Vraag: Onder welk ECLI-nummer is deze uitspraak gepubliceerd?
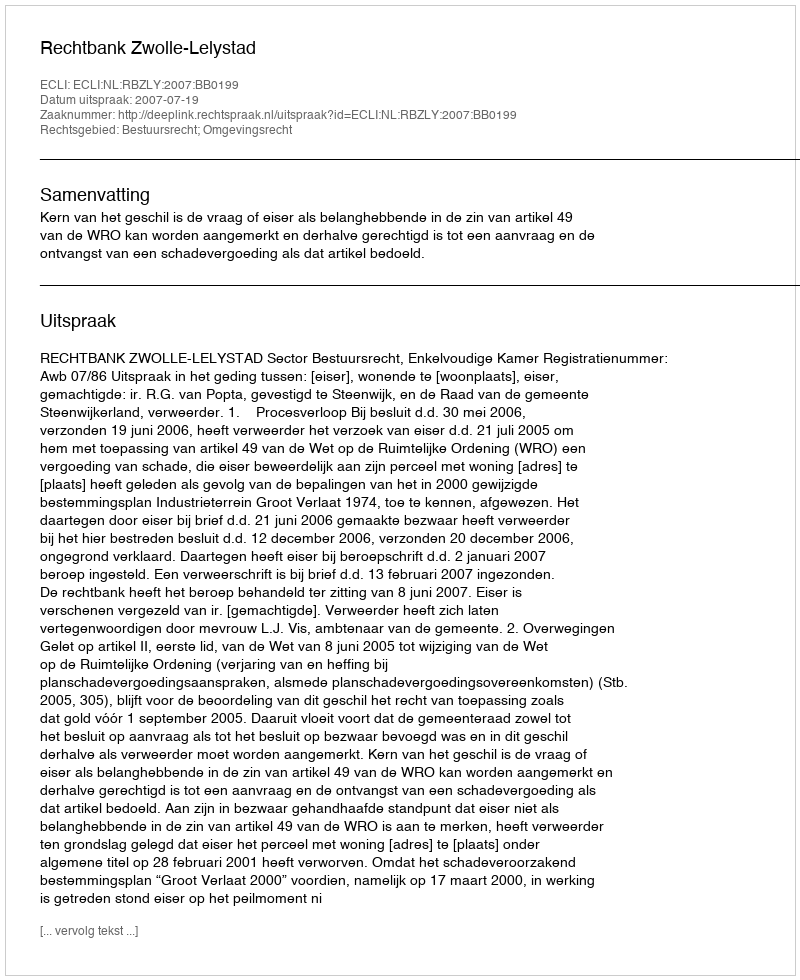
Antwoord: ECLI:NL:RBZLY:2007:BB0199